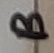
Text: B